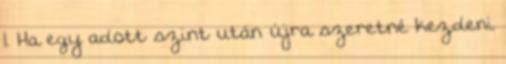
1. Ha egy adott szint után újra szeretné kezdeni